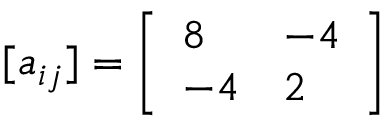
[ a _ { i j } ] = \left[ \begin{array} { l l } { { 8 } } & { { - 4 } } \\ { { - 4 } } & { { 2 } } \end{array} \right]